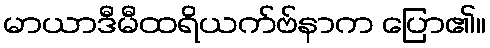
မာယာဒီမီထရိယက်ဗ်နာက ပြော၏။